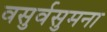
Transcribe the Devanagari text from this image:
वसुर्वसुमना